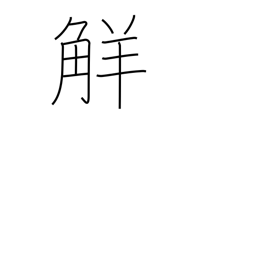
Meaning: understanding